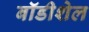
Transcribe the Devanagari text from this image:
बॉडीशेल